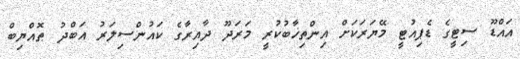
އައްޑޫ ސިޓީގެ ޑެޕިއުޓީ މޭޔަރަކަށް އިންތިޚާބުކުރީ މަރަދޫ ދާއިރާގެ ކައުންސިލަރު އަބްދު ޠޮއްޔިބް